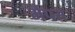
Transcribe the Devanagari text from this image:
मैपस